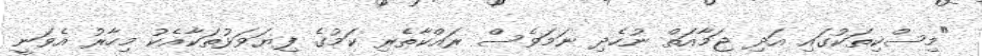
"މިސްކިތަކުގައި އަދި ޖަމާއަތް ނުހެދި ނަމަވެސް ރައްކާތެރި ކަމުގެ ފިޔަވަޅުތަކާއެކު މިހާރު އެވަނީ